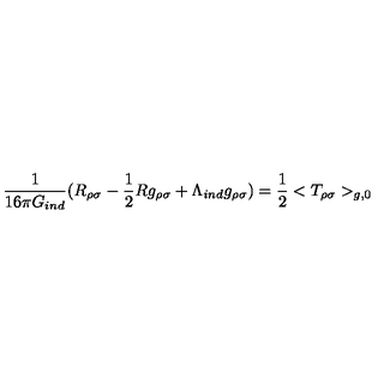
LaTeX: { \frac { 1 } { 1 6 \pi G _ { i n d } } } ( R _ { \rho \sigma } - { \frac { 1 } { 2 } } R g _ { \rho \sigma } + \Lambda _ { i n d } g _ { \rho \sigma } ) = { \frac { 1 } { 2 } } < T _ { \rho \sigma } > _ { g , 0 }